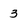
Character: 3